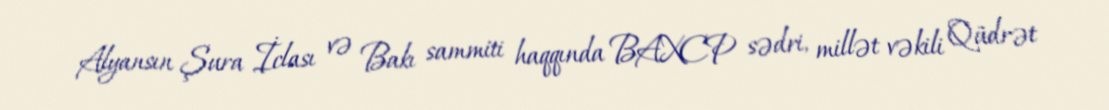
Alyansın Şura İclası və Bakı sammiti haqqında BAXCP sədri, millət vəkili Qüdrət